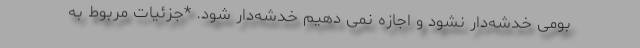
بومی خدشه‌دار نشود و اجازه نمی دهیم خدشه‌دار شود. *جزئیات مربوط به